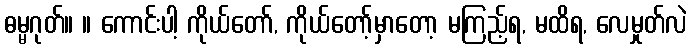
ဓမ္မဂုတ်။ ။ ကောင်းပါ့ ကိုယ်တော်, ကိုယ်တော့်မှာတော့ မကြည့်ရ, မထိရ, လေမှုတ်လဲ